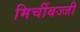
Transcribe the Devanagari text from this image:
मिर्चीबज्जी